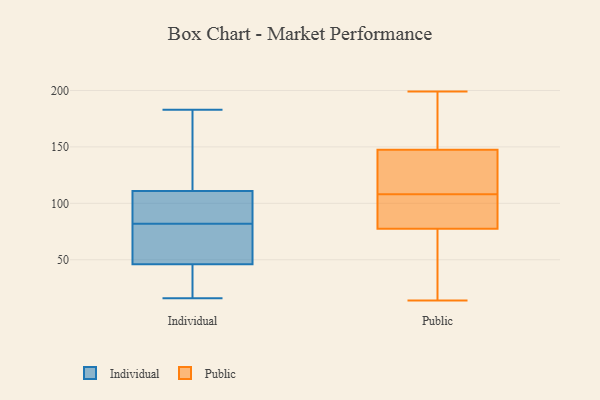
{"axis": {"x": "Humidity (%)", "y": "Value"}, "legend": ["Individual", "Public"], "data": [{"x": "", "y": 153, "type": "Individual"}, {"x": "", "y": 102, "type": "Individual"}, {"x": "", "y": 82, "type": "Individual"}, {"x": "", "y": 44, "type": "Individual"}, {"x": "", "y": 22, "type": "Individual"}, {"x": "", "y": 38, "type": "Individual"}, {"x": "", "y": 95, "type": "Individual"}, {"x": "", "y": 72, "type": "Individual"}, {"x": "", "y": 58, "type": "Individual"}, {"x": "", "y": 64, "type": "Individual"}, {"x": "", "y": 183, "type": "Individual"}, {"x": "", "y": 94, "type": "Individual"}, {"x": "", "y": 52, "type": "Individual"}, {"x": "", "y": 33, "type": "Individual"}, {"x": "", "y": 90, "type": "Individual"}, {"x": "", "y": 138, "type": "Individual"}, {"x": "", "y": 167, "type": "Individual"}, {"x": "", "y": 16, "type": "Individual"}, {"x": "", "y": 114, "type": "Individual"}, {"x": "", "y": 87, "type": "Public"}, {"x": "", "y": 147, "type": "Public"}, {"x": "", "y": 92, "type": "Public"}, {"x": "", "y": 145, "type": "Public"}, {"x": "", "y": 46, "type": "Public"}, {"x": "", "y": 171, "type": "Public"}, {"x": "", "y": 121, "type": "Public"}, {"x": "", "y": 90, "type": "Public"}, {"x": "", "y": 199, "type": "Public"}, {"x": "", "y": 103, "type": "Public"}, {"x": "", "y": 54, "type": "Public"}, {"x": "", "y": 113, "type": "Public"}, {"x": "", "y": 148, "type": "Public"}, {"x": "", "y": 178, "type": "Public"}, {"x": "", "y": 14, "type": "Public"}, {"x": "", "y": 94, "type": "Public"}, {"x": "", "y": 68, "type": "Public"}, {"x": "", "y": 18, "type": "Public"}, {"x": "", "y": 196, "type": "Public"}, {"x": "", "y": 118, "type": "Public"}]}